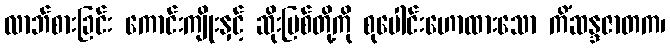
လာဘ်စားခြင်း ကောင်းကျိုးနှင့် ဆိုးပြစ်တို့ကို စုပေါင်းဟောထားသော ကိံဆန္ဒဇာတက၊